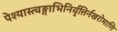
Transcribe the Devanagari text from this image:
पेश्यास्त्वङ्गाभिनिर्वृत्तिर्नखरोमाणि